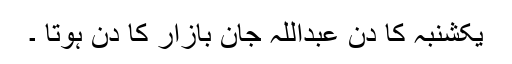
یکشنبہ کا دن عبداللہ جان بازار کا دن ہوتا ۔